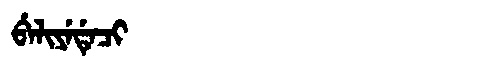
Manchu: ᠪᡝᠯᡳᠶᡝᡩᡝᠴᡳ
Romanization: BELIYEDECI